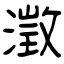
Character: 澂